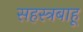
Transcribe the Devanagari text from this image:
सहस्त्रबाहू